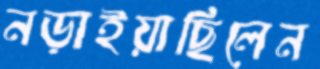
নড়াইয়াছিলেন